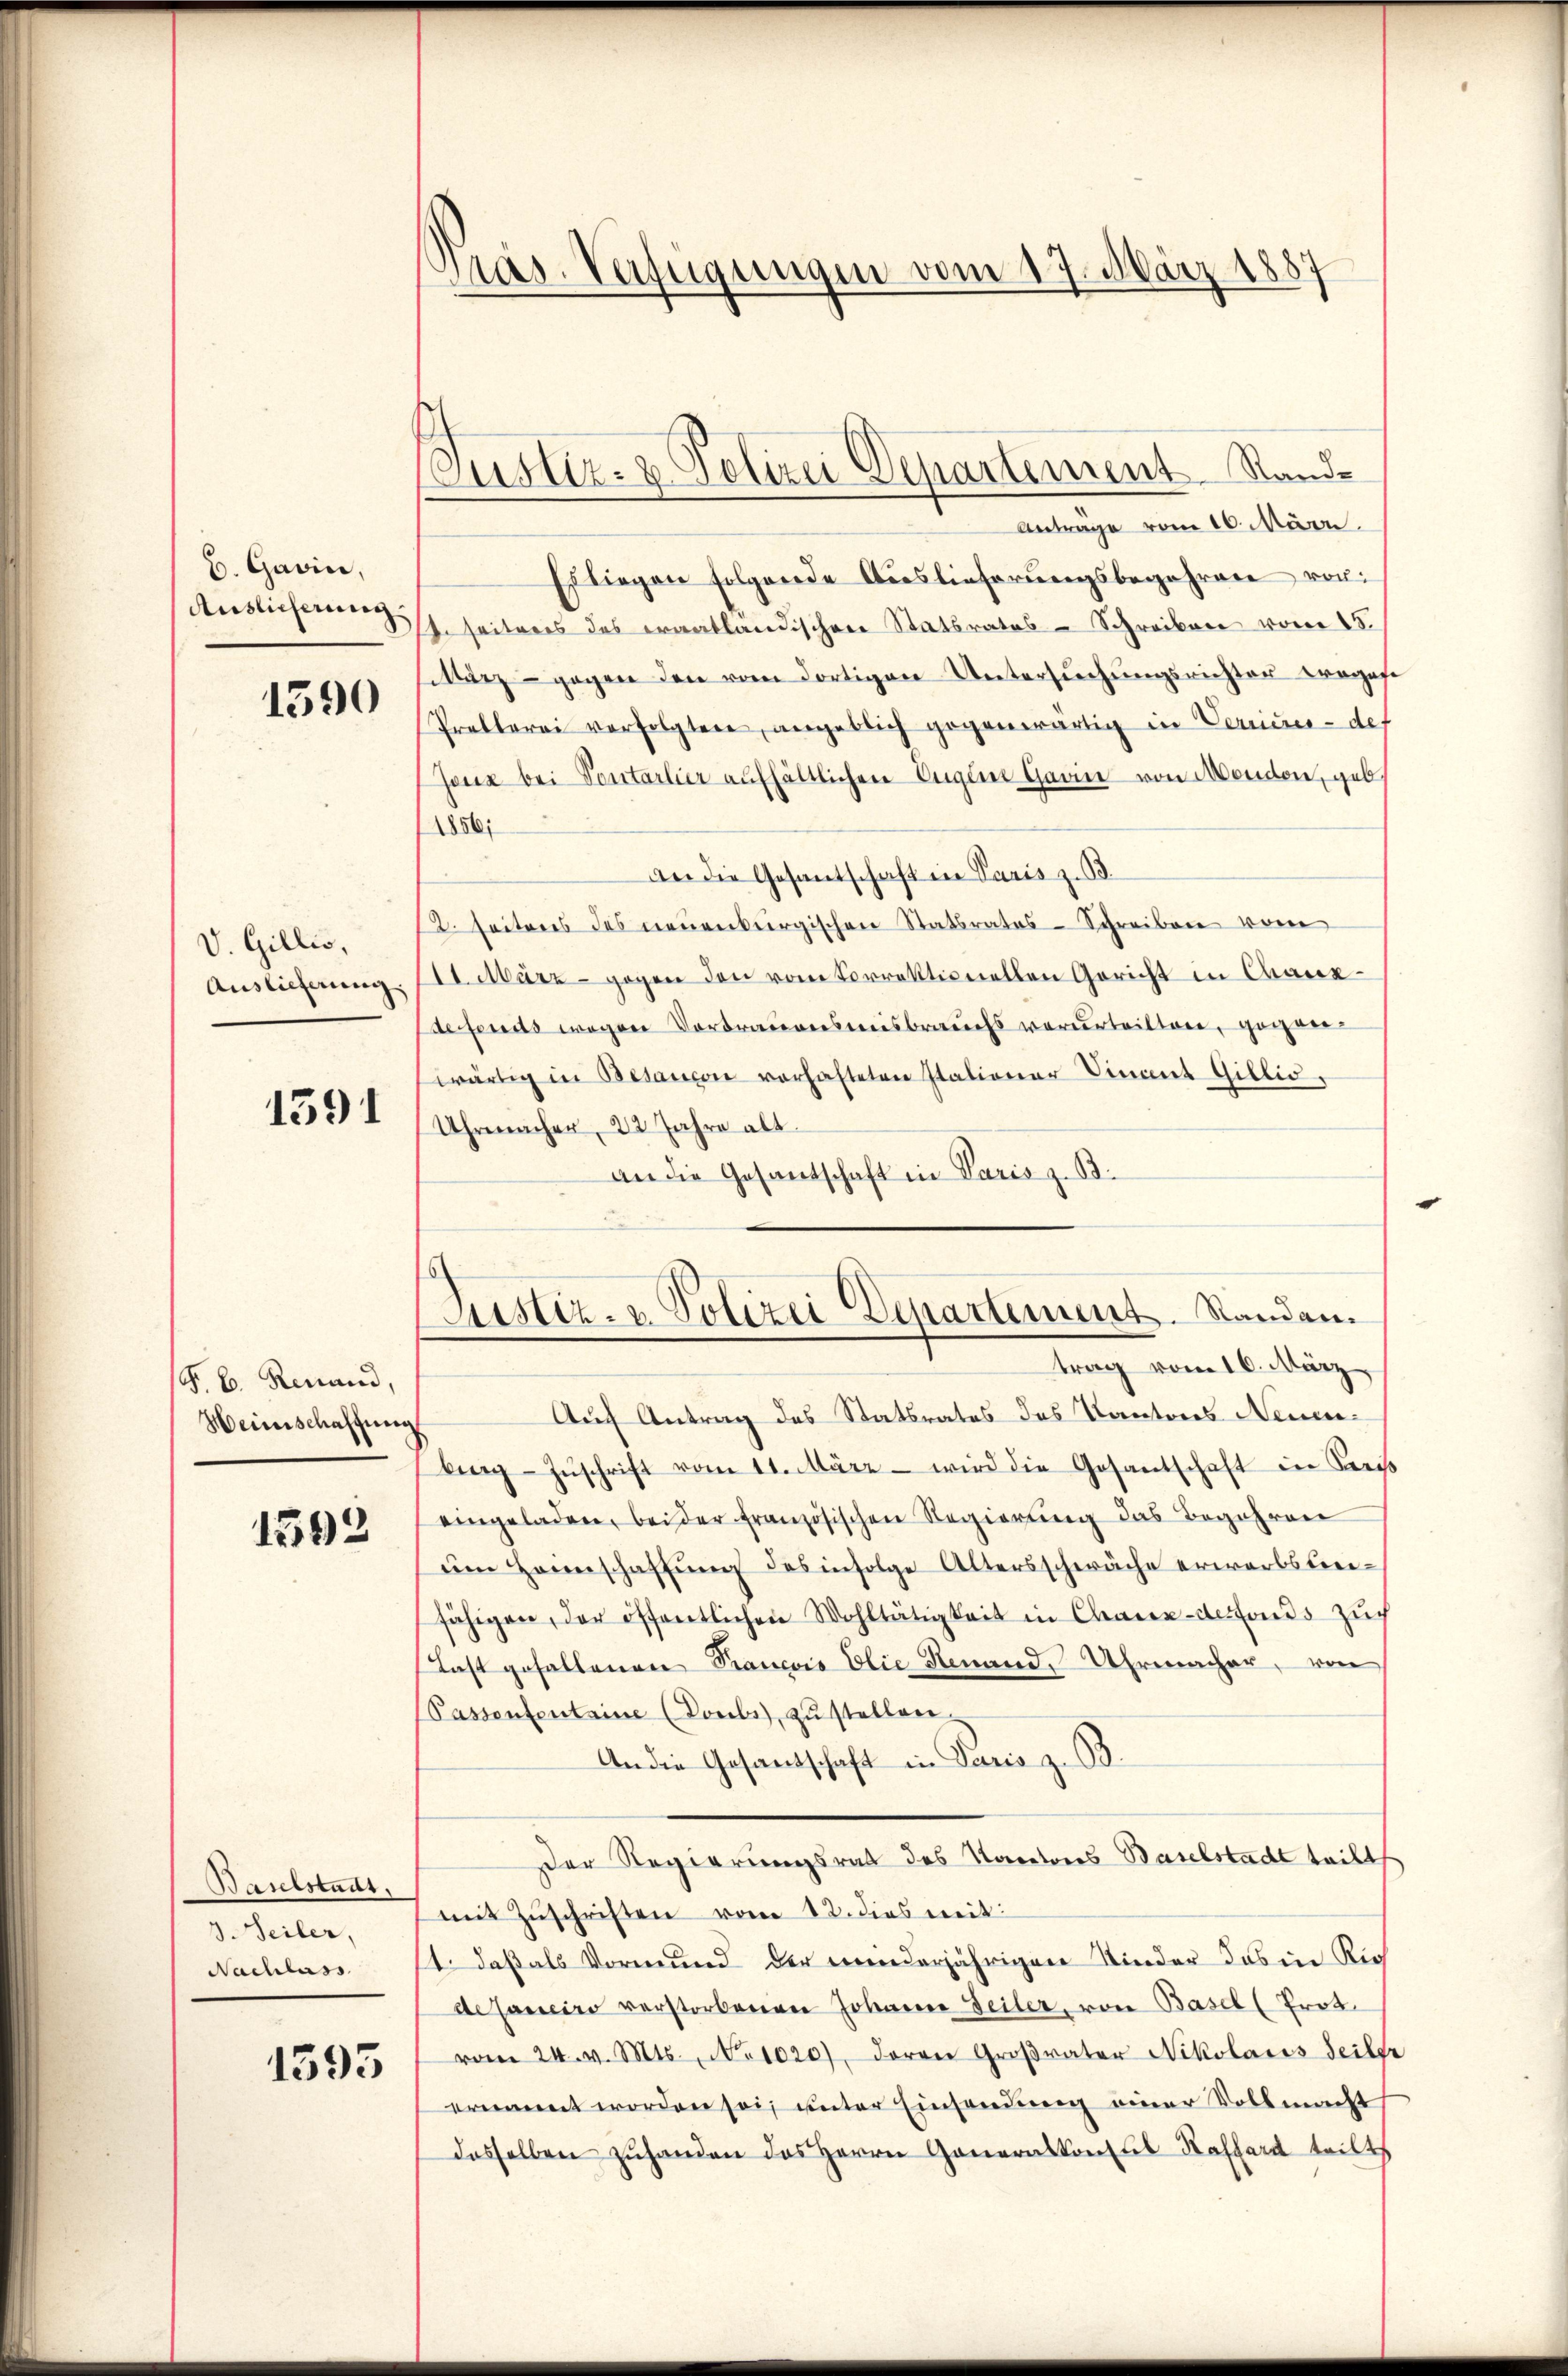
b. Gawin,
Auslieferung

1590

V. Gillis,
Auslieferung

1591

F. B. Renand,
Heinschaffung

1592

Baselstadt,
3. Seiler,
Nachlass

1593

Präs. Verfügungen vom 17. März 1887

Justiz- & Polizei Departement Stand¬

Justiz- & Polizei Departement. Standen.
trag vom 16. März

Antrage vom 10. März.
Es liegen folgende Auslieferŭngsbegehren vor:
In seiteres des erantländischen Statsrates - Schreiben vom 15.
März - gegen den vom dortigen Untersŭchŭngsrichter wegese
Prellerei verfolgten, angeblich gegenwärtig in Verminer- def
Jone bei Sontarlier aufhältlichen Eugen Garn von Menden, geb.
1856;
an die Gesantschaft in Paris z. B.
12. Seiteres des neuenburgischen Statsrates-Schreiben vom
11. März - gegen den vom Vorrektionellen Gericht in Chaux-
defonds wegen Vortrauensionsbrauchs verurteiltere, gegner
wärtig in Besanion vorhafteten Italiener Finant Gillio,
Uhrmacher, 22 Jahre alt.
an die Gesantschaft in Paris z. B.
Auf Antrag des Statsrates des Kantons Neuenbing Zŭschrift vom 11. März wird die Gesantschaft in Kreis
eingeladen, beider französischen Regierŭng das Begehren
ŭm Hannschaffŭng des infolge Altersschwäche erwarbsterefähigen, der öffentlichen Wohltätigkeit in Chaux-defonds Zŭch
Last gefallenen Krancois Elie Renand, Uhrmacher, von
(Passententaine (Douls, zŭ stellen.
An die Gesandtschaft in Paris z. B.
Der Regierungsrat des Kantons Baselstacht teilt
mit Zŭschriften vom 12. dies weit
1. daß als Vormund der wiederjährigen Kinder das in Ric
deJaneiro verstorbenen Johanne Seiler, von Basel (Prot.
vom 24. v. Mts. No 1020), daran Großvater Nikolacis Seilge
ernannt worden sei, unter Einsendung einer Vollmacht
dasselben zŭhanden des Herrn Generalkonsul Kassard teilt